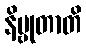
နိဗ္ဗုတာတိ